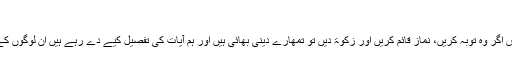
(تفسیر)
امین احسن اصلاحی پس اگر وہ توبہ کریں، نماز قائم کریں اور زکوٰۃ دیں تو تمھارے دینی بھائی ہیں اور ہم آیات کی تفصیل کیے دے رہے ہیں ان لوگوں کے لیے جو جاننا چاہیں۔